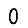
Digit: 0